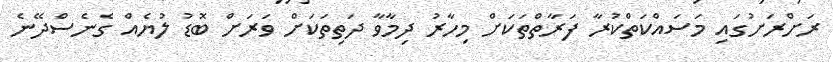
ރަށްރަށުގައި މަސައްކަތްކުރާ ފަރާތްތަކަށް މިހާރު ދިމާވާ ދަތިތަކަށް ވަރަށް ބޮޑު ލުޔެއް ގެނެސްދޭނެ